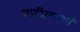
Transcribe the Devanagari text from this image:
पाटीलाशी